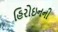
હિરોઇનની